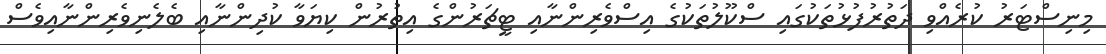
މިނިސްޓަރު ކުރެއްވި ދަތުރުފުޅުތަކުގައި ސްކޫލުތަކުގެ އިސްވެރިންނާއި ޓީޗަރުންގެ އިތުރުން ކިޔަވާ ކުދިންނާއި ބެލެނިވެރިންނާއިވެސް